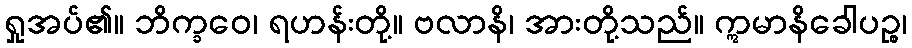
ရှုအပ်၏။ ဘိက္ခဝေ၊ ရဟန်းတို့။ ဗလာနိ၊ အားတို့သည်။ ဣမာနိခေါပဉ္စ၊